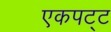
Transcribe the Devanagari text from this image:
एकपट्ट